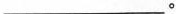
___。